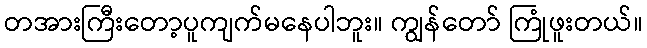
တအားကြီးတော့ပူကျက်မနေပါဘူး။ ကျွန်တော် ကြုံဖူးတယ်။